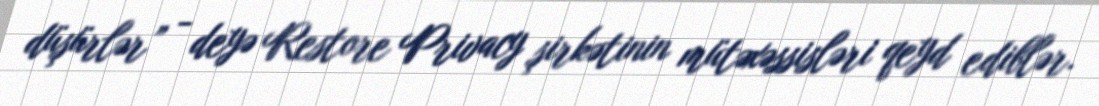
düşürlər” - deyə Restore Privacy şirkətinin mütəxəssisləri qeyd ediblər.